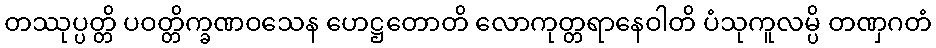
တဿုပ္ပတ္တိ ပဝတ္တိက္ခဏဝသေန ဟေဋ္ဌတောတိ လောကုတ္တရာနေဝါတိ ပံသုကူလမ္ပိ တဏှဂတံ